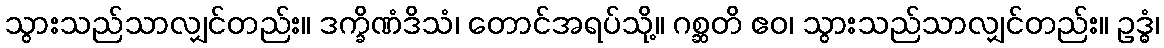
သွားသည်သာလျှင်တည်း။ ဒက္ခိဏံဒိသံ၊ တောင်အရပ်သို့။ ဂစ္ဆတိ ဧဝ၊ သွားသည်သာလျှင်တည်း။ ဥဒ္ဓံ၊